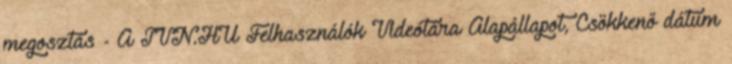
megosztás - A TVN.HU Felhasználók Videótára Alapállapot, Csökkenő dátum